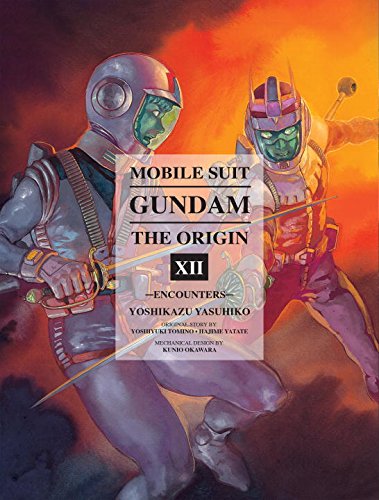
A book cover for Mobile Suit Gundam: The ORIGIN, Volume 12: Encounters; Yoshikazu Yasuhiko; Comics & Graphic Novels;